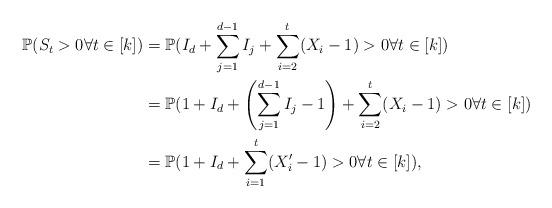
LaTeX: \begin{align*}\mathbb{P}(S_t>0\forall t\in [k])&=\mathbb{P}(I_d+\sum_{j=1}^{d-1}I_j+\sum_{i=2}^{t}(X_i-1)>0\forall t\in [k])\\&=\mathbb{P}(1+I_d+\left(\sum_{j=1}^{d-1}I_j-1\right)+\sum_{i=2}^{t}(X_i-1)>0\forall t\in [k])\\&=\mathbb{P}(1+I_d+\sum_{i=1}^{t}(X'_i-1)>0\forall t\in [k]),\end{align*}